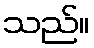
သည်။